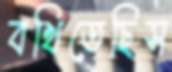
বখিতেছিস